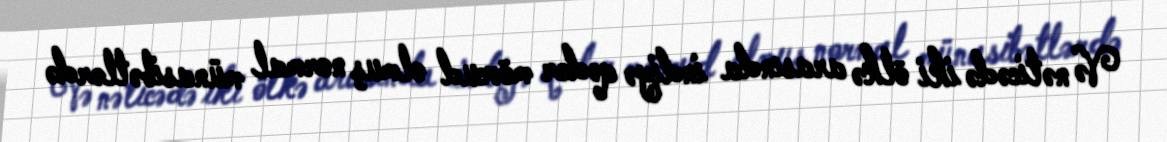
Və nəticədə iki ölkə arasında indiyə qədər mövcud olmuş normal münasibətlərdə